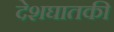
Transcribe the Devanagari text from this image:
देशघातकी